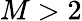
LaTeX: M>2